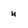
Character: u